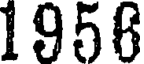
1956